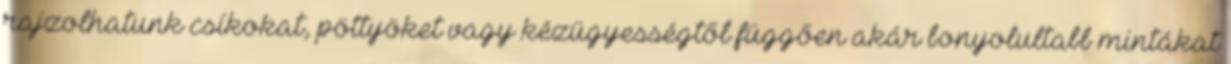
rajzolhatunk csíkokat, pöttyöket vagy kézügyességtől függően akár bonyolultabb mintákat